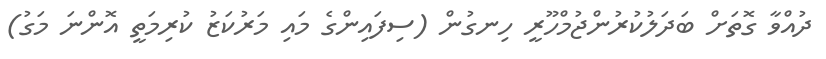
ދުއްވާ ގޮތަށް ބަދަލުކުރުންޖުމްހޫރީ ހިނގުން (ސިފައިންގެ މައި މަރުކަޒު ކުރިމަތީ އޮންނަ މަގު)